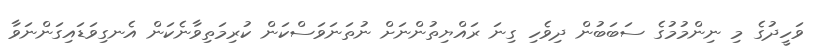
ވަހީދުގެ މި ނިންމުމުގެ ސަބަބުން ދިވެހި ގިނަ ރައްޔިތުންނަށް ނުތަނަވަސްކަން ކުރިމަތިވާނެކަން އެނގިވަޑައިގަންނަވާ